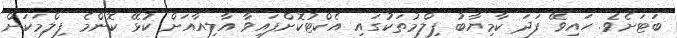
ބަޓަށެވެ. ހައިވޭ ފަދަ ކާމިޔާބު ފިލްމުތަކުގައި އެކްޓުކޮށްފައިވާ އާލިއާއަށް ކުޅޭ ކޮންމެ ފިލްމަކަށް